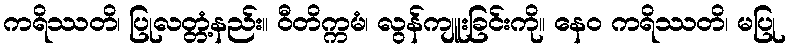
ကရိဿတိ၊ ပြုလတ္တံ့နည်း။ ဝီတိက္ကမံ၊ လွန်ကျူးခြင်းကို။ နေဝ ကရိဿတိ၊ မပြု